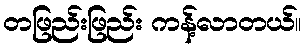
တဖြည်းဖြည်း ကန့်လာတယ်။